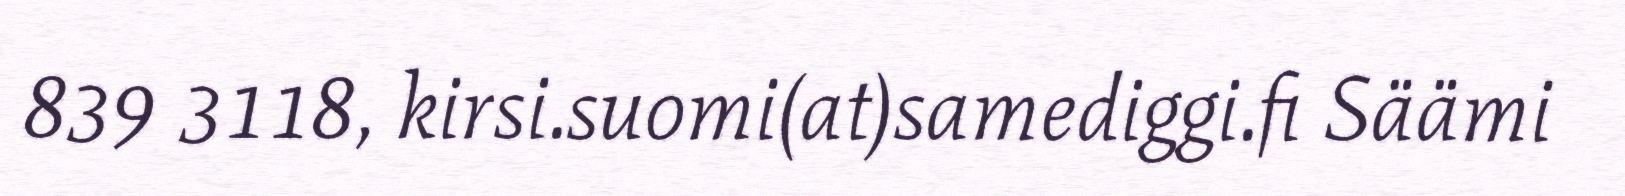
839 3118, kirsi.suomi(at)samediggi.fi Säämi